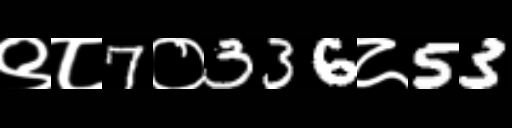
Text: ९८7०336८53